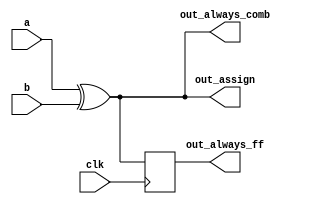
/*
Problem Statement: Build an XOR gate three ways, using an assign statement, a combinational always block, and a clocked always block. 
                    Note that the clocked always block produces a different circuit from the other two: There is a flip-flop so the output is delayed.
*/

//Solution:

// synthesis verilog_input_version verilog_2001
module top_module(
    input clk,
    input a,
    input b,
    output wire out_assign,
    output reg out_always_comb,
    output reg out_always_ff   );

    assign out_assign= a ^ b;
    always@(*)
        out_always_comb= a ^ b;
    always@(posedge clk)
        out_always_ff <= a ^ b;
endmodule